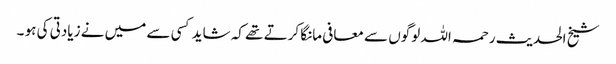
شیخ الحدیث رحمہ اللہ لوگوں سے معافی مانگا کرتے تھے کہ شاید کسی سے میں نے زیادتی کی ہو ۔